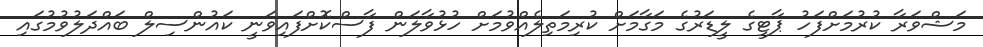
މަޝްވަރާ ކުރުމަށްފަހު ޕާޓީގެ ލީޑަރުގެ މަގާމަށް ކުރިމަތިލެއްވުމަށް ހުޅުވާލަން ފާސްކޮށްފައިވަނީ ކައުންސިލް ބައްދަލުވުމުގައި